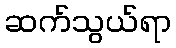
ဆက်သွယ်ရာ